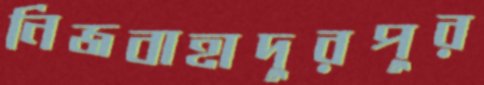
নিজবাহাদুরপুর